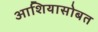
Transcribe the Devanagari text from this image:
आशियासोबत